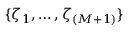
\{ \zeta _ { 1 } , \dots , \zeta _ { { ( M + 1 ) } } \}